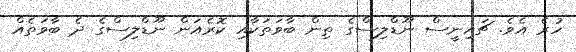
ހުރެ އެވެ. ޗައިނީސް ނޫޑްލިސްގެ ތިން ބާވަތަކާއި ކޮރެއަން ނޫޑްލިސްގެ ދެ ބާވަތެއް